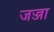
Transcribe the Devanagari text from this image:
जज्जा